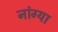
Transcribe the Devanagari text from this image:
नांग्या